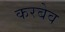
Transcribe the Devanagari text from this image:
करबेव